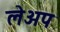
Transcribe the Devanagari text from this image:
लेअप